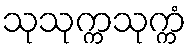
သုသုက္ကသုက္ကံ